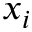
x _ { i }